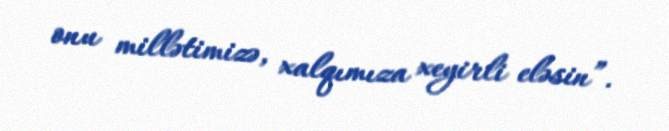
onu millətimizə, xalqımıza xeyirli eləsin”.